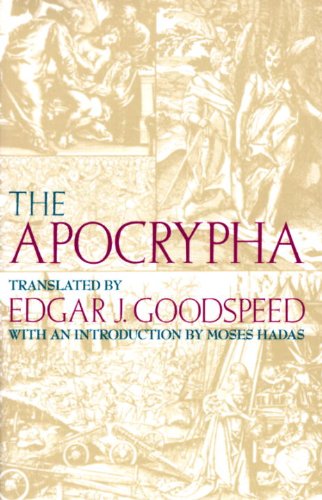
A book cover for The Apocrypha; Christian Books & Bibles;